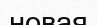
новая